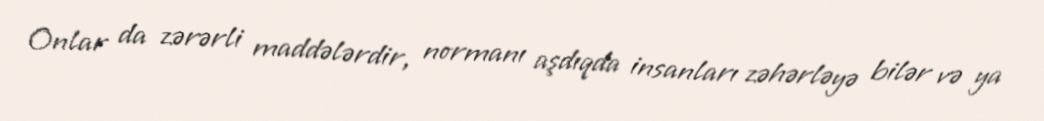
Onlar da zərərli maddələrdir, normanı aşdıqda insanları zəhərləyə bilər və ya